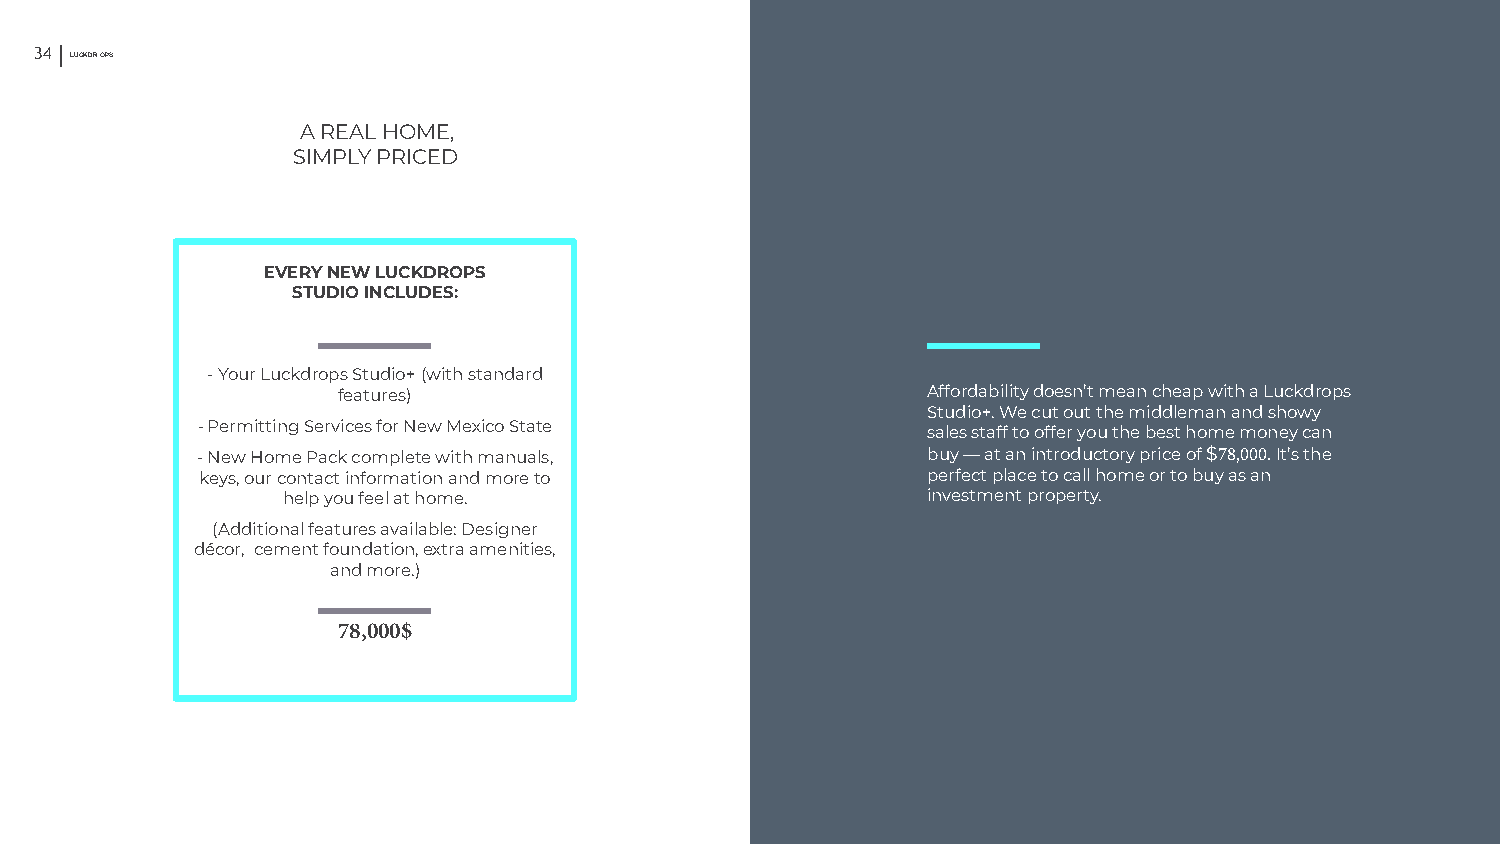
34 L UCKDR OPS                                                                                35
 A REAL HOME,
 SIMPLY PRICED
 EVERY NEW LUCKDROPS
 STUDIO INCLUDES:
 -Your Luckdrops Studio+ (with standard
 features)                              Affordability doesn’t mean cheap with a Luckdrops
 Studio+. We cut out the middleman and showy
 -Permitting Services for New Mexico State       sales staff to offer you the best home money can
 -New Home Pack complete with manuals,           buy — at an introductory price of $78,000. It’s the
 keys, our contact information and more to       perfect place to call home or to buy as an
 help you feel at home.                    investment property.
 (Additional features available: Designer
 décor, cement foundation, extra amenities,
 and more.)
 78,000$